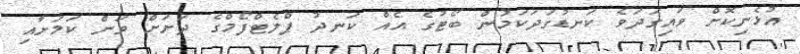
އުޅެނިކޮށް ވައިގަދަވެ ކަނޑުގަދަކަމުން ބޯޓުގެ އެއް ކަނދު ޕްލެޓްފޯމްގެ ދަށަށް ވަން ކަމަށާއި